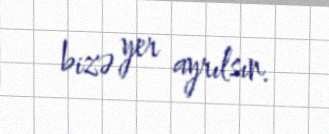
bizə yer ayrılsın.